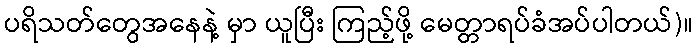
ပရိသတ်တွေအနေနဲ့ မှာ ယူပြီး ကြည့်ဖို့ မေတ္တာရပ်ခံအပ်ပါတယ်)။